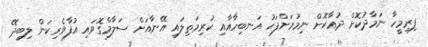
ފިރިމީހާ ނަމާދުކޮށް ދުޢާކޮށް ނިމުމަށްފަހު އަނބިހާއާއި ކުރިމަތިލައި އޭނާއަށް ސަލާމްގޮވައި އުފާވެރިކަން ލިބިދޭ